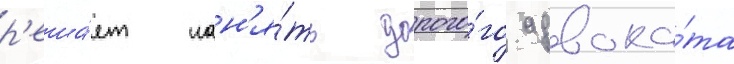
р'еша́ет нан'я́ть дорого́го адвока́та